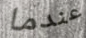
عندما